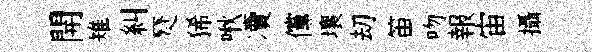
開雉糾燹狶啾凟儻壤刧笛吻報宙攝